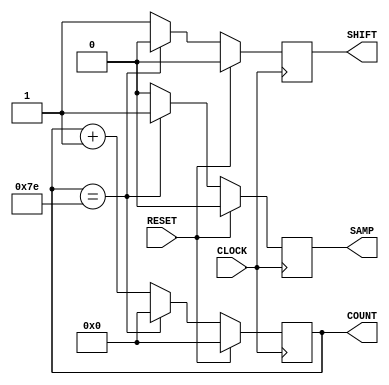
`default_nettype none
`timescale 1ns/1ps
module sampleClockGen #(parameter CLK_DIV = 2,  CLK_TOTAL=127)(
            input CLOCK, RESET,
            output [6:0] COUNT,
            output SAMP, SHIFT
            );

    reg sample, shift;
    reg [6:0] pulseCount;

    assign COUNT = pulseCount;
    assign SAMP  = sample;
    assign SHIFT = shift;


    always @(posedge CLOCK)
        begin
            if(RESET)
            begin
                pulseCount <= 0;
                sample     <=  0;
                shift      <=  0;
            end
            else
            begin
                if(pulseCount == CLK_TOTAL-1)
                begin
                    pulseCount <= 0;
                    sample     <=  1;
                    shift      <=  0;   //consider leaving shift 0 when new samples are taken
                end
                else
                begin
                    pulseCount <= pulseCount + 1'b1;
                    sample     <=  0;
                    shift      <=  1;
                end
            end
        end

endmodule